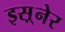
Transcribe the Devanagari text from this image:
इस़्नेर